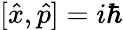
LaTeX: [{\hat{x}},{\hat{p}}]=i\hbar